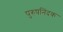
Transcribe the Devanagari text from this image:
पुरुषनिंदक